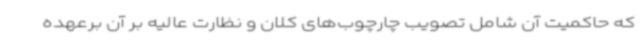
که حاکمیت آن شامل تصویب چارچوب‌های کلان و نظارت عالیه بر آن برعهده